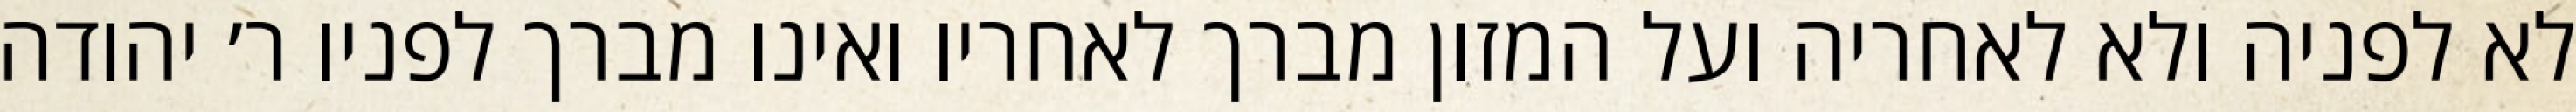
לא לפניה ולא לאחריה ועל המזון מברך לאחריו ואינו מברך לפניו ר׳ יהודה